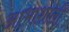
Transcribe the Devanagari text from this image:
आभाशाली